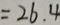
= 2 6 . 4